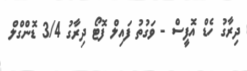
ދިރާގު ހެޑް އޮފީސް - ވަގުތު ފައިލް ފޮޓޯ ދިރާގު 3/4 ޑޮންގްލް